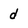
Character: d